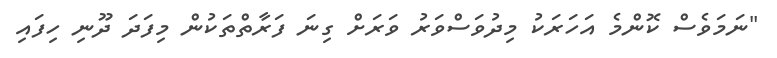
"ނަމަވެސް ކޮންމެ އަހަރަކު މިދުވަސްވަރު ވަރަށް ގިނަ ފަރާތްތަކުން މިފަދަ ދޫނި ހިފައި